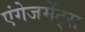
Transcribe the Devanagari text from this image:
एंगेजमेंट्स